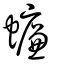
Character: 蠊